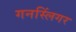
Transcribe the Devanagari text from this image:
गनस्लिंगर